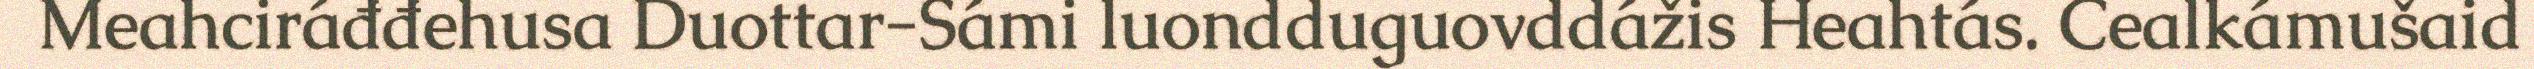
Meahciráđđehusa Duottar-Sámi luondduguovddážis Heahtás. Cealkámušaid